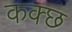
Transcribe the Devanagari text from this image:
कक्छ